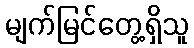
မျက်မြင်တွေ့ရှိသူ